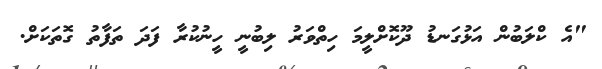
"އެ ކްލަބުން އަޅުގަނޑު ދޫކޮށްލީމަ ހިތްވަރު ލިބުނީ ހީނުކުރާ ފަދަ ތަފާތު ގޮތަކަށް.